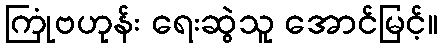
ကြုံဗဟုန်း ရေးဆွဲသူ အောင်မြင့်။